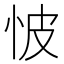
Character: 怶